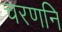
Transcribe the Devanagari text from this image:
चरणनि